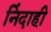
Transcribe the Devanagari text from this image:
निंदाही